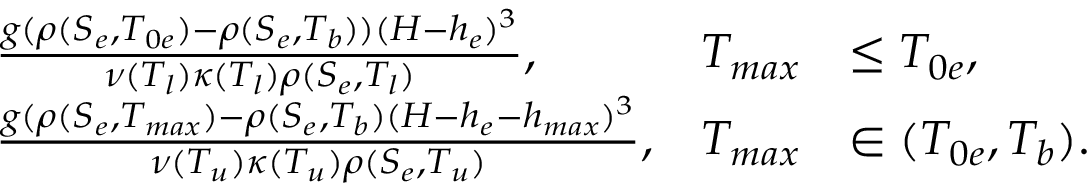
\begin{array} { r l r l r } & { \frac { g ( \rho ( S _ { e } , T _ { 0 e } ) - \rho ( S _ { e } , T _ { b } ) ) ( H - h _ { e } ) ^ { 3 } } { \nu ( T _ { l } ) \kappa ( T _ { l } ) \rho ( S _ { e } , T _ { l } ) } , } & { T _ { m a x } } & { \le T _ { 0 e } , } & \\ & { \frac { g ( \rho ( S _ { e } , T _ { m a x } ) - \rho ( S _ { e } , T _ { b } ) ( H - h _ { e } - h _ { m a x } ) ^ { 3 } } { \nu ( T _ { u } ) \kappa ( T _ { u } ) \rho ( S _ { e } , T _ { u } ) } , } & { T _ { m a x } } & { \in ( T _ { 0 e } , T _ { b } ) . } & \end{array}